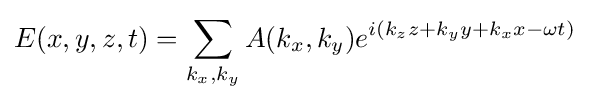
E(x,y,z,t)=\sum _{k_{x},k_{y}}A(k_{x},k_{y})e^{i\left(k_{z}z+k_{y}y+k_{x}x-\omega t\right)}